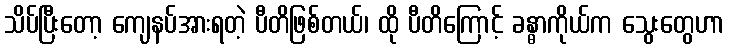
သိပ်ပြီးတော့ ကျေနပ်အားရတဲ့ ပီတိဖြစ်တယ်၊ ထို ပီတိကြောင့် ခန္ဓာကိုယ်က သွေးတွေဟာ